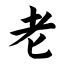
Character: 老